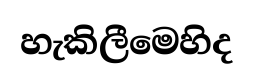
හැකිලීමෙහිද